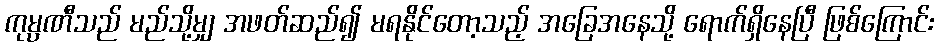
ကုမ္ပဏီသည် မည်သို့မျှ အဖတ်ဆည်၍ မရနိုင်တော့သည့် အခြေအနေသို့ ရောက်ရှိနေပြီ ဖြစ်ကြောင်း